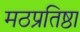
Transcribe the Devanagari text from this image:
मठप्रतिष्ठा